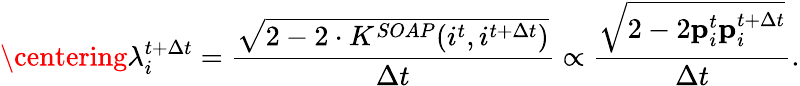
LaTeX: \centering\lambda_{i}^{t+\Delta t}=\frac{\sqrt{2-2\cdot K^{SOAP}(i^{t},i^{t+\Delta t})}}{\Delta t}\propto\frac{\sqrt{2-2\textbf{p}_{i}^{t}\textbf{p}_{i}^{t+\Delta t}}}{\Delta t}.